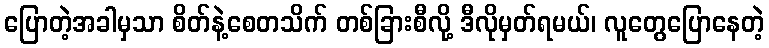
ပြောတဲ့အခါမှသာ စိတ်နဲ့စေတသိက် တစ်ခြားစီလို့ ဒီလိုမှတ်ရမယ်၊ လူတွေပြောနေတဲ့